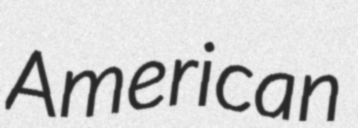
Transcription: American